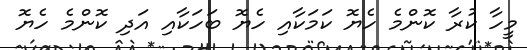
މީހާ ކުރާ ކޮންމެ ހެޔޮ ކަމަކާއި ހެޔޮ ބަހަކާއި އަދި ކޮންމެ ހެޔޮ